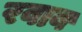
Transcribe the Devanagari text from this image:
रवाब